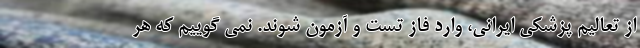
از تعالیم پزشکی ایرانی، وارد فاز تست و آزمون شوند. نمی گوییم که هر